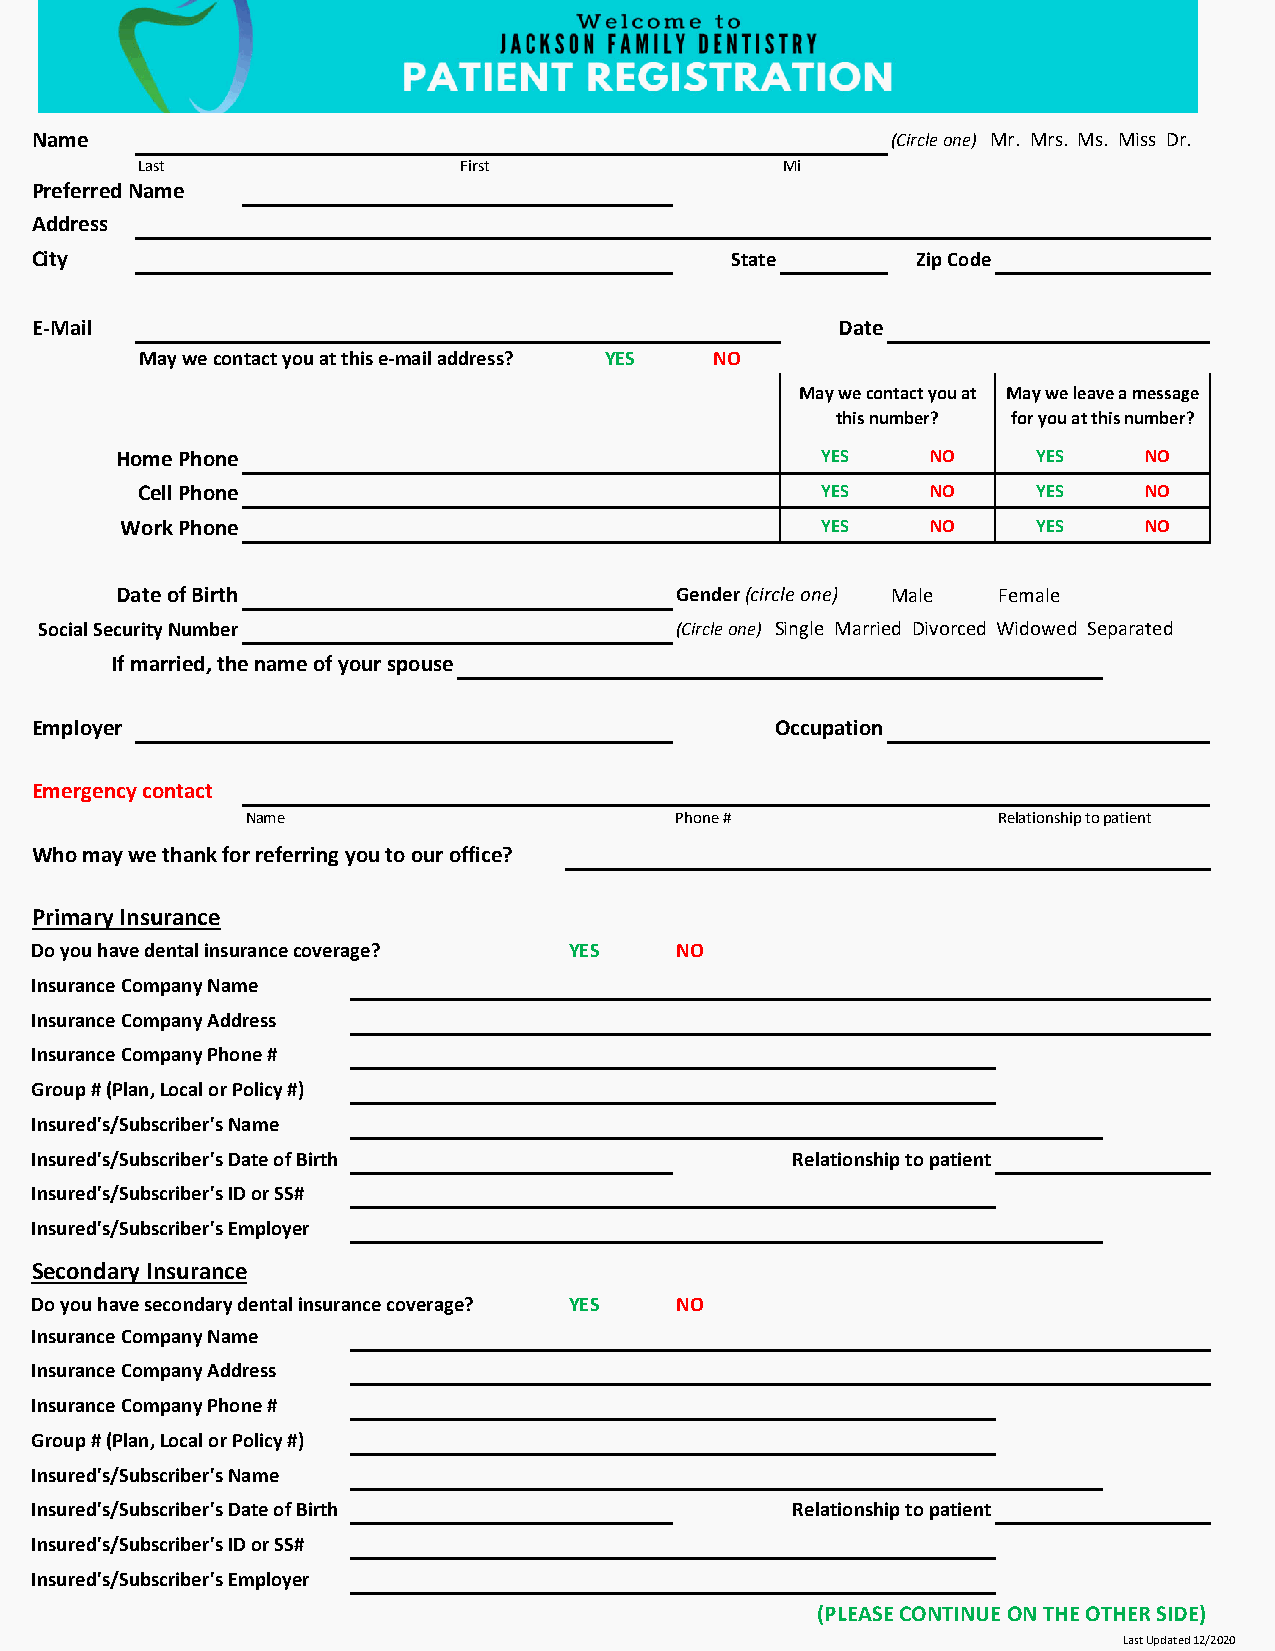
Name                                                     (Circle one) Mr. Mrs. Ms. Miss Dr.
 Last                  First                Mi
 Preferred Name
 Address
 City                                          State        Zip Code
 E‐Mail                                               Date
 May we contact you at this e‐mail address? YES NO
 May we contact you at May we leave a message
 this number? for you at this number?
 Home Phone                                    YES     NO     YES    NO
 Cell Phone                                   YES     NO     YES    NO
 Work Phone                                    YES     NO     YES    NO
 Date of Birth                        Gender (circle one) Male Female
 Social Security Number                    (Circle one) Single Married Divorced Widowed Separated
 If married, the name of your spouse
 Employer                                         Occupation
 Emergency contact
 Name                         Phone #              Relationship to patient
 Who may we thank for referring you to our office?
 Primary Insurance
 Do you have dental insurance coverage? YES NO
 Insurance Company Name
 Insurance Company Address
 Insurance Company Phone #
 Group # (Plan, Local or Policy #)
 Insured's/Subscriber's Name
 Insured's/Subscriber's Date of Birth              Relationship to patient
 Insured's/Subscriber's ID or SS#
 Insured's/Subscriber's Employer
 Secondary Insurance
 Do you have secondary dental insurance coverage? YES NO
 Insurance Company Name
 Insurance Company Address
 Insurance Company Phone #
 Group # (Plan, Local or Policy #)
 Insured's/Subscriber's Name
 Insured's/Subscriber's Date of Birth              Relationship to patient
 Insured's/Subscriber's ID or SS#
 Insured's/Subscriber's Employer
 (PLEASE CONTINUE ON THE OTHER SIDE)
 Last Updated 12/2020